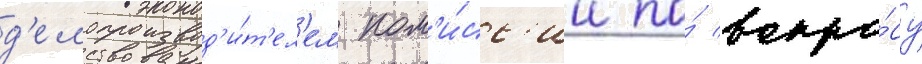
д'елопроизвод'и́т'ел'ем ком'и́сс'ии по́ вопро́су